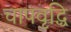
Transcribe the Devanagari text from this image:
चापवृद्धि